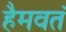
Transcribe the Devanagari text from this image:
हैमवतं